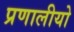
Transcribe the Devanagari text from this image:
प्रणालीयो